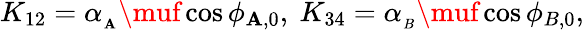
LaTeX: K_{12}=\alpha_{_\mathbf{A}}\muf\cos{\phi_{\mathbf{A},0}},\ K_{34}=\alpha_{_B}\muf\cos{\phi_{B,0}},